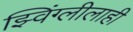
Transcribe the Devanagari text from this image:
झ्विंग्लीलाही